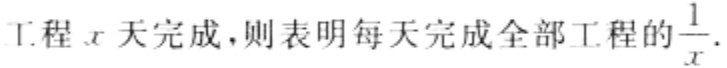
工程\(x\)天完成，则表明每天完成全部工程的\(\frac{1}{x}\).